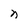
Character: n